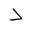
Letter: _dal